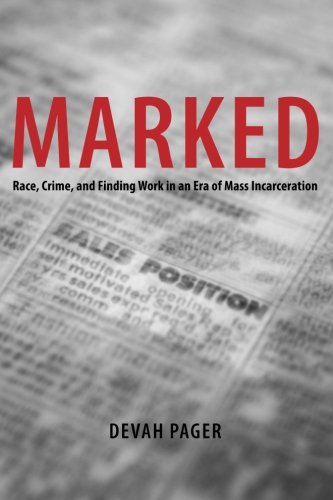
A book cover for Marked: Race, Crime, and Finding Work in an Era of Mass Incarceration; Devah Pager; Business & Money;